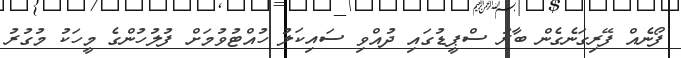
ފޯނެއް ފޭރިގަނެގެން ބާރު ސްޕީޑުގައި ދުއްވި ސައިކަލު ހުއްޓުވުމަށް ފުލުހުންގެ މީހަކު މުގުރު